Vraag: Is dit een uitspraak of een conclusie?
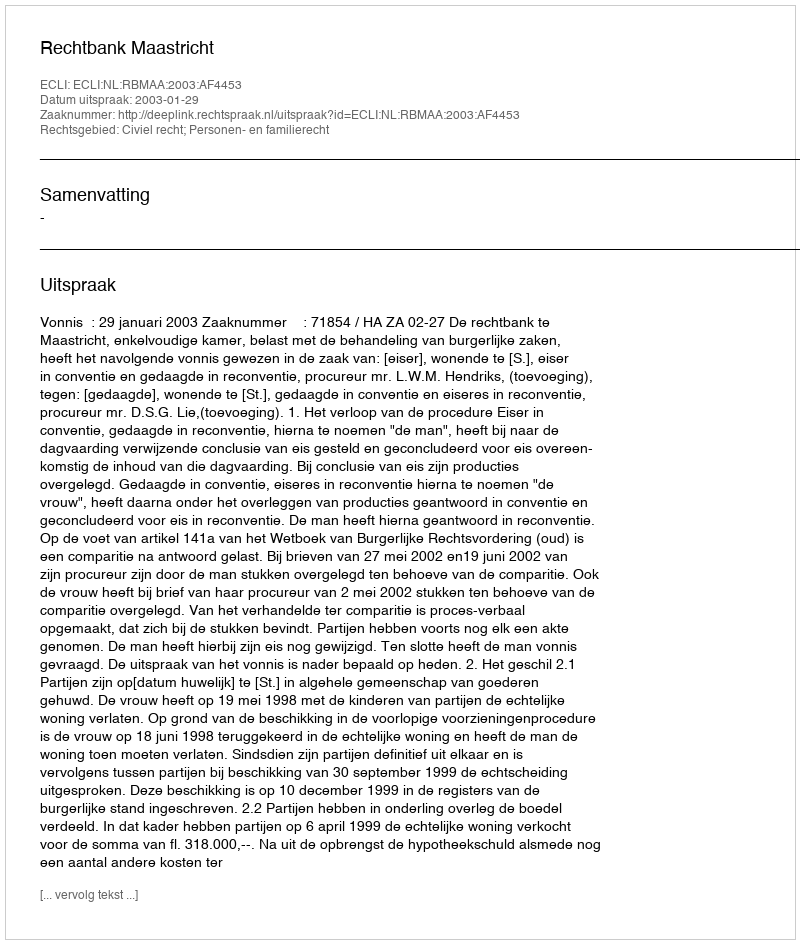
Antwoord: Uitspraak